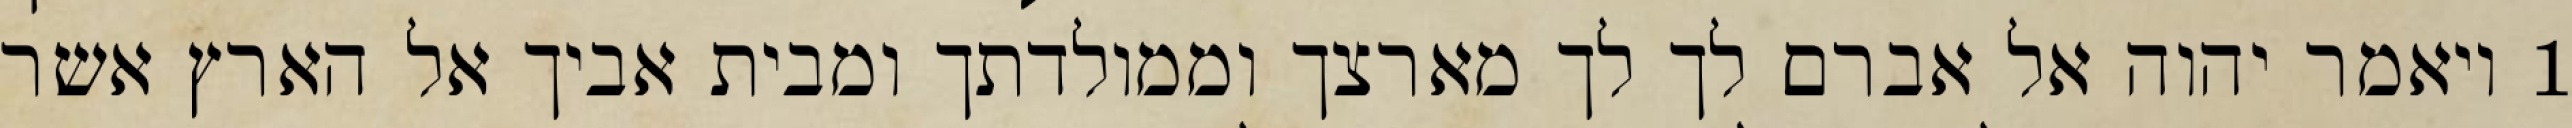
1 ויאמר יהוה אל אברם לך לך מארצך וממולדתך ומבית אביך אל הארץ אשר